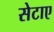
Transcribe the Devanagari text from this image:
सेटाए